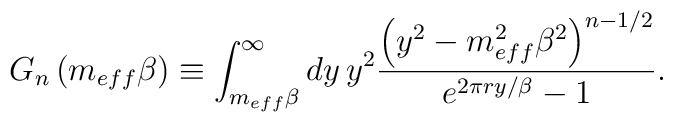
G_{n}\left(m_{eff}\beta \right)\equiv \int _{m_{eff}\beta }^{\infty }dy\, y^{2}\frac{\left(y^{2}-m_{eff}^{2}\beta ^{2}\right)^{n-1/2}}{e^{2\pi ry/\beta }-1}.